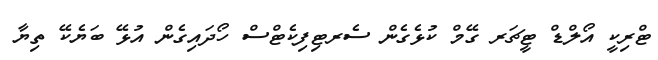
ޓްރިކީ އޯލްޑް ޓީޗަރ ގޭމް ކުޅެގެން ސެރޓިފިކެޓްސް ހޯދައިގެން އުޅޭ ބަޔެކޭ ތިޔާ